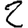
Digit: 2